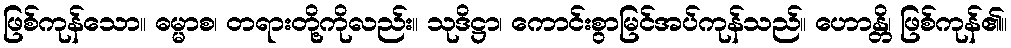
ဖြစ်ကုန်သော။ ဓမ္မာစ၊ တရားတို့ကိုလည်း။ သုဒိဋ္ဌာ၊ ကောင်းစွာမြင်အပ်ကုန်သည်။ ဟောန္တိ၊ ဖြစ်ကုန်၏။